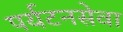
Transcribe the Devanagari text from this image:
पर्यटनसेवा